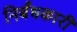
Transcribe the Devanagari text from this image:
निर्बंधकारी